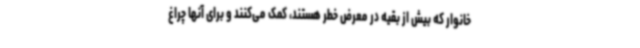
خانوار که بیش از بقیه در معرض خطر هستند، کمک می‌کنند و برای آنها چراغ